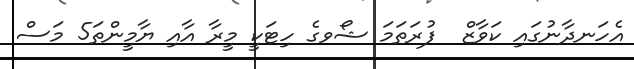
އެހަނދާނުގައި ކަވާޒް  ފުރަތަމަ ޝޯވގެ ހިޓަކީ މީރާ އާއި ޔާމީންތަ5 މަސް